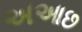
અઆછ